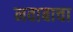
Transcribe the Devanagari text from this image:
नवाबाचा